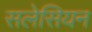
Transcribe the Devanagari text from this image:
सलेसियन